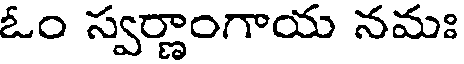
ఓం స్వర్ణాంగాయ నమః